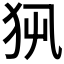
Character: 𤜿